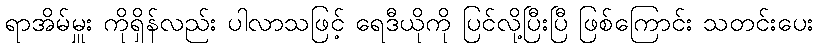
ရာအိမ်မှူး ကိုရှိန်လည်း ပါလာသဖြင့် ရေဒီယိုကို ပြင်လို့ပြီးပြီ ဖြစ်ကြောင်း သတင်းပေး